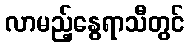
လာမည့်နွေရာသီတွင်